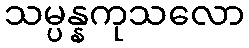
သမ္ပန္နကုသလော